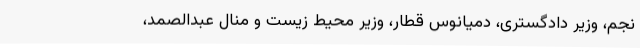
نجم، وزیر دادگستری، دمیانوس قطار، وزیر محیط زیست و منال عبدالصمد،